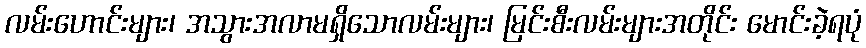
လမ်းဟောင်းများ၊ အသွားအလာမရှိသောလမ်းများ၊ မြင်းစီးလမ်းများအတိုင်း မောင်းခဲ့ရပုံ